Annual report of the Imperial Bacteriological Laboratory, Muktesar
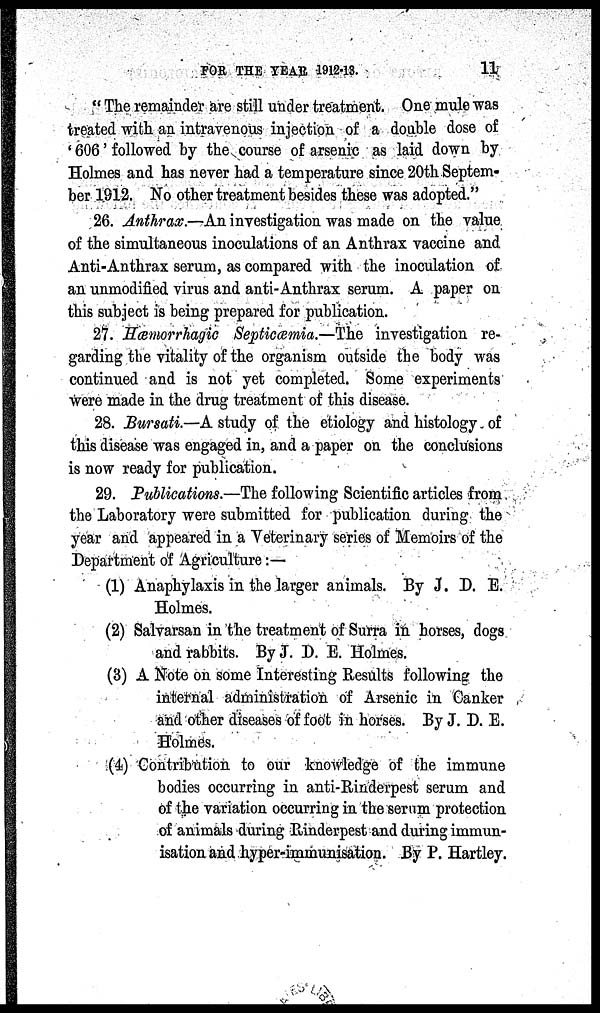
FOR THE YEAR 1912-13.
11
" The remainder are still under treatment. One mule was
treated with an intravenous injection of a double dose of
' 606' followed by the course of arsenic as laid down by
Holmes and has never had a temperature since 20th Septem-
ber 1912. No other treatment besides these was adopted."
26. Anthrax.—An investigation was made on the value
of the simultaneous inoculations of an Anthrax vaccine and
Anti-Anthrax serum, as compared with the inoculation of
an unmodified virus and anti-Anthrax serum. A paper on
this subject is being prepared for publication.
27. Hæmorrhagic Septicæmia.—The investigation re-
garding the vitality of the organism outside the body was
continued and is not yet completed. Some experiments
were made in the drug treatment of this disease.
28. Bursati.—A study of the etiology and histology of
this disease was engaged in, and a paper on the conclusions
is now ready for publication.
29. Publications.—The following Scientific articles from
the Laboratory were submitted for publication during the
year and appeared in a Veterinary series of Memoirs of the
Department of Agriculture :—
(1) Anaphylaxis in the larger animals. By J. D. E.
Holmes.
(2) Salvarsan in the treatment of Surra in horses, dogs
and rabbits. By J. D. E. Holmes.
(3) A Note on some Interesting Results following the
internal administration of Arsenic in Canker
and other diseases of foot in horses. By J. D. E.
Holmes.
(4) Contribution to our knowledge of the immune
bodies occurring in anti-Rinderpest serum and
of the variation occurring in the serum protection
of animals during Rinderpest and during immun-
isation and hyper-immunisation. By P. Hartley.